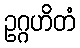
ဥဂ္ဂဟိတံ